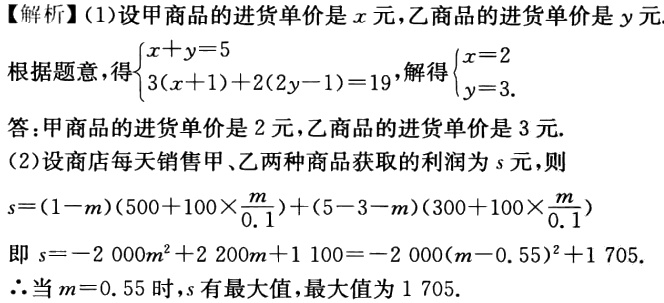
【解析】(1)设甲商品的进货单价是\(x\)元，乙商品的进货单价是\(y\)元
根据题意，得\(\begin{cases}x + y = 5\\3(x + 1)+2(2y - 1)=19\end{cases}\)，解得\(\begin{cases}x = 2\\y = 3\end{cases}\)
答：甲商品的进货单价是\(2\)元，乙商品的进货单价是\(3\)元.
(2)设商店每天销售甲、乙两种商品获取的利润为\(s\)元，则
\(s=(1 - m)(500 + 100\times\frac{m}{0.1})+(5 - 3 - m)(300 + 100\times\frac{m}{0.1})\)
即\(s=-2\ 000m^{2}+2\ 200m + 1\ 100=-2\ 000(m - 0.55)^{2}+1\ 705\).
\(\therefore\)当\(m = 0.55\)时，\(s\)有最大值，最大值为\(1\ 705\).